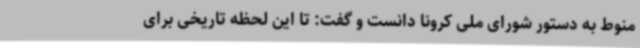
منوط به دستور شورای ملی کرونا دانست و گفت: تا این لحظه تاریخی برای